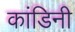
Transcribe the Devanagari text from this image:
कांडिनी